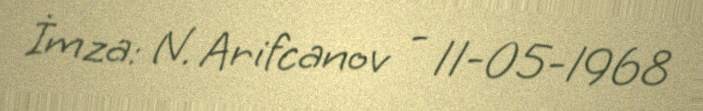
İmza: N. Arifcanov - 11-05-1968